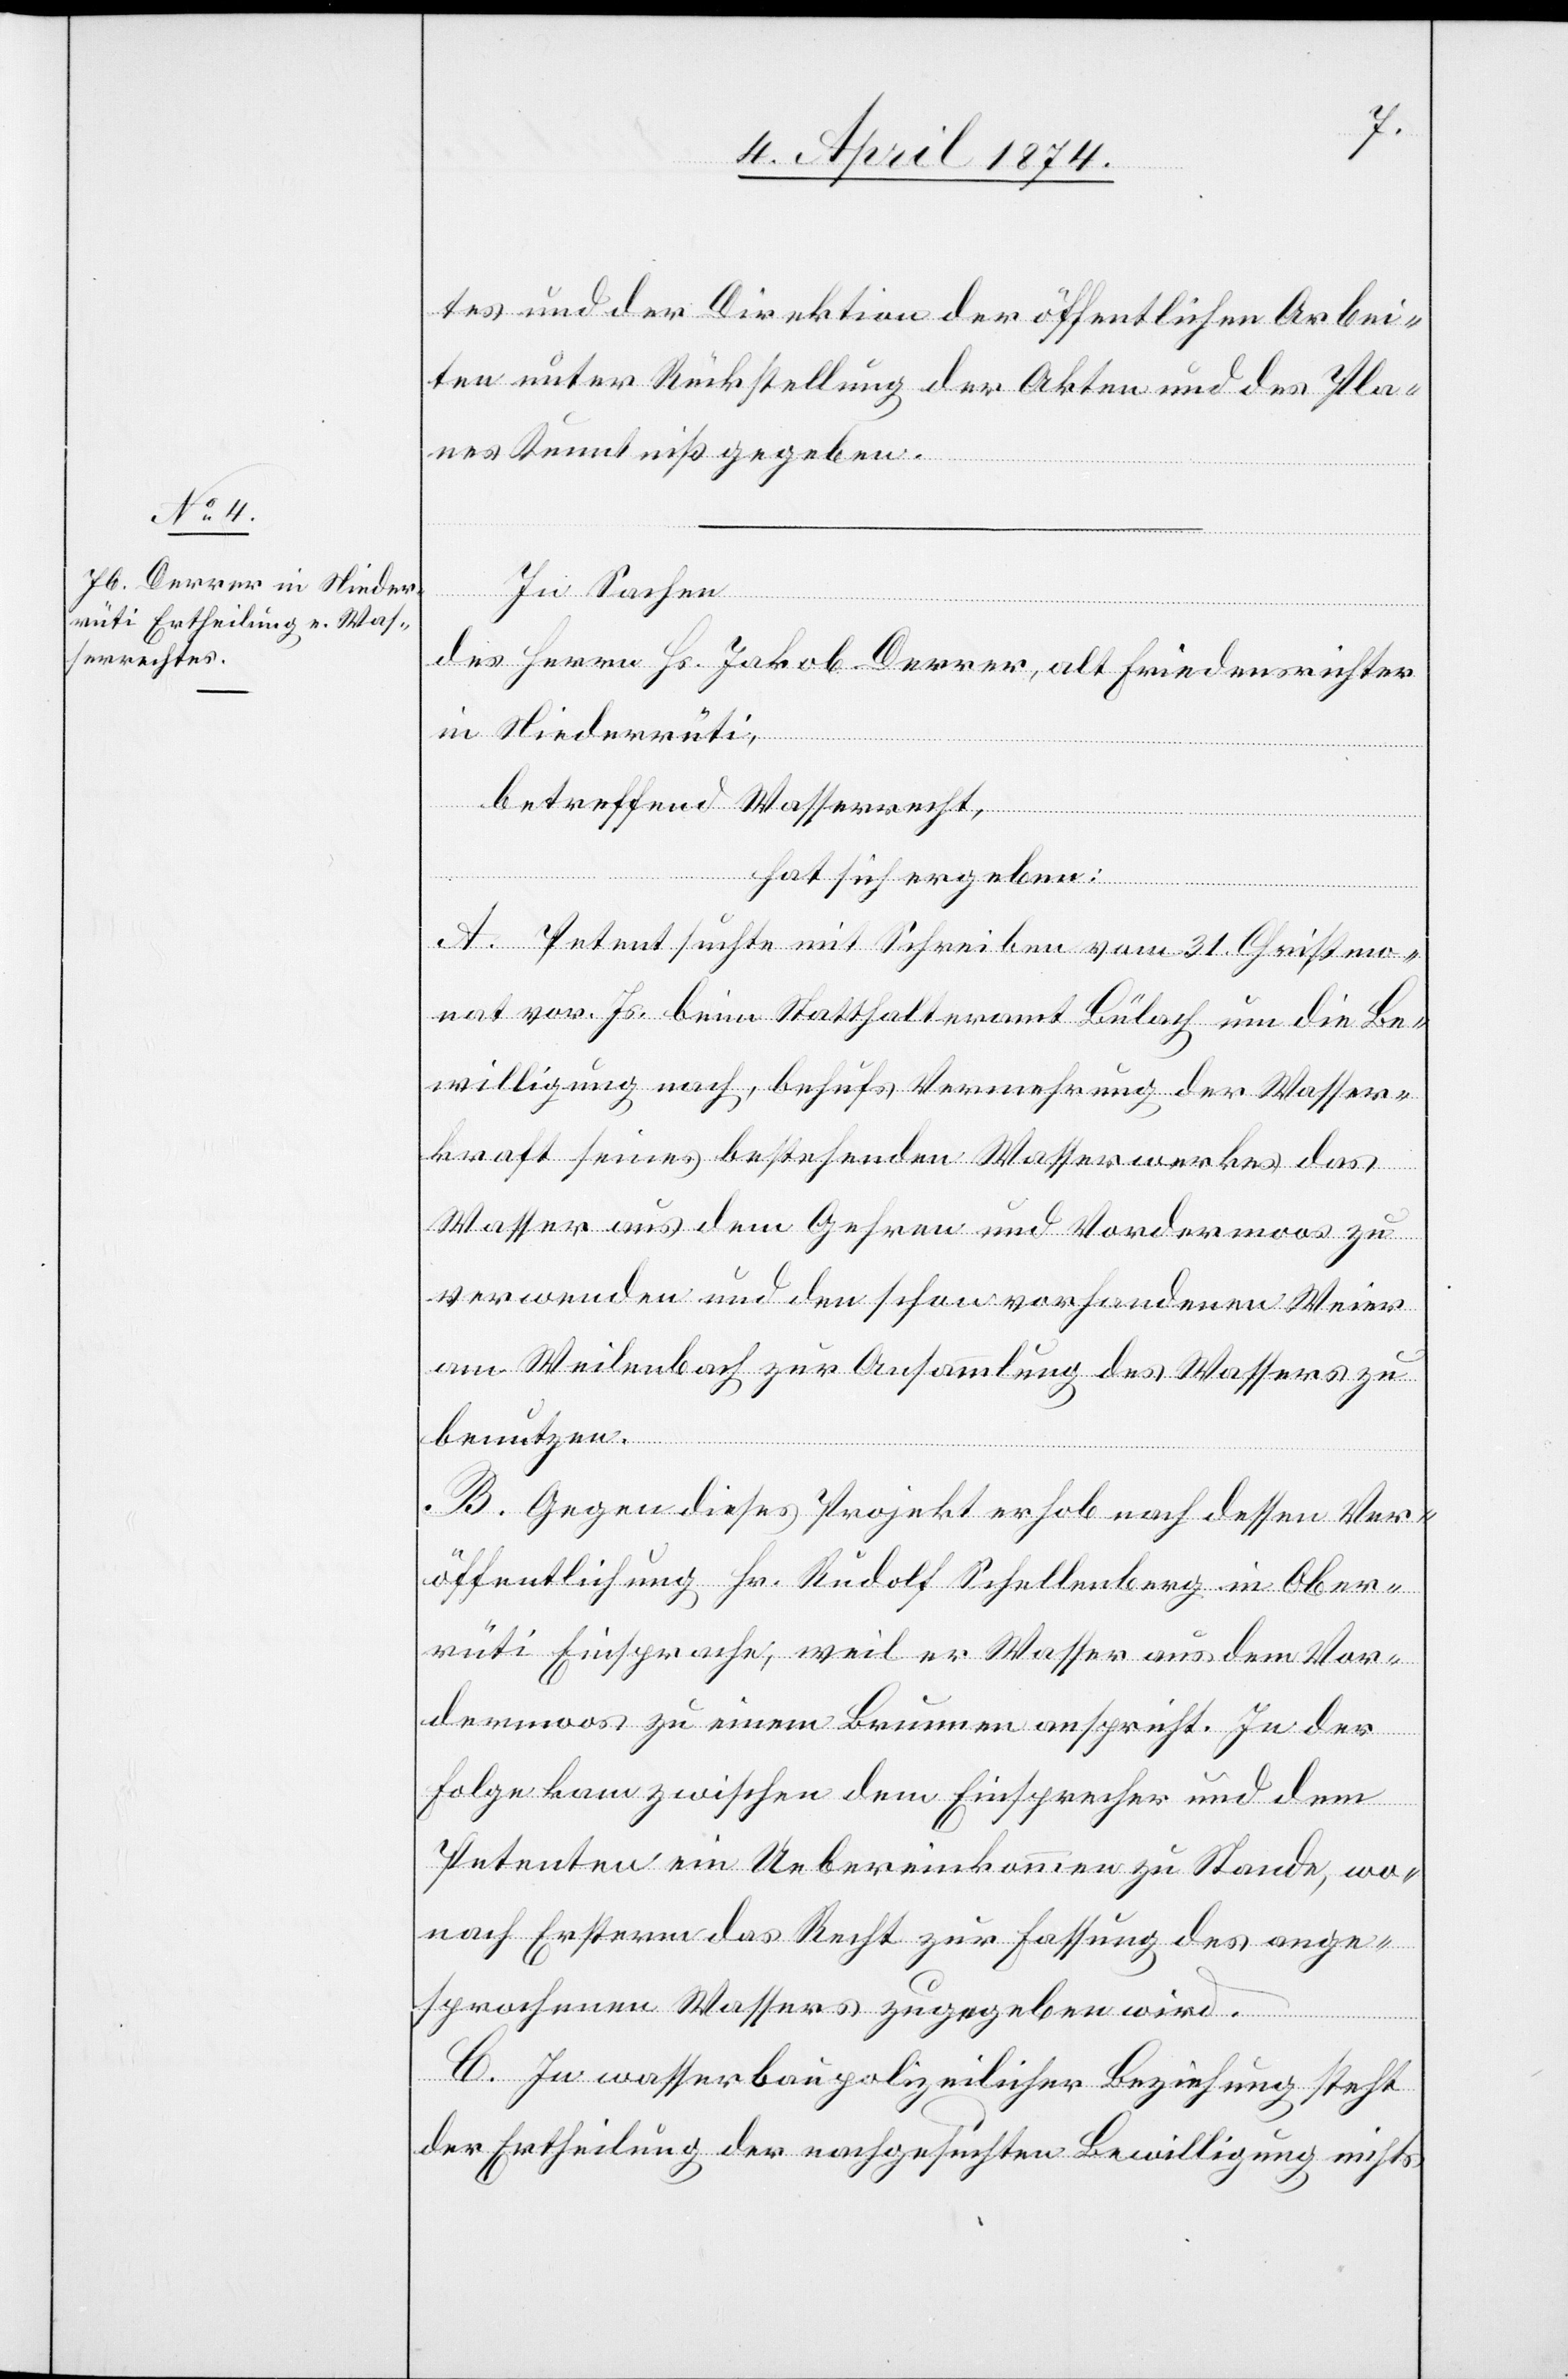
tes und der Direktion der öffentlichen Arbei¬
ten unter Rückstellung der Akten und des Pla¬
nes Kenntniß gegeben.
In Sachen
des Herrn Hs. Jakob Derrer, alt Friedensrichter
in Niederrüti,
betreffend Wasserrecht,
hat sich ergeben:
A. Petent suchte mit Schreiben vom 31. Christmo¬
nat vor. Js. beim Statthalteramt Bülach um die Be¬
willigung nach, behufs Vernehmung der Wasser¬
kraft seines bestehenden Wasserwerkes das
Wasser aus dem Gehren und Vordermoos zu
verwenden und den schon vorhandenen Weier
am Weilenbach zur Ansammlung des Wassers zu
benutzen.
B. Gegen dieses Projekt erhob nach dessen Ver¬
öffentlichung Hr. Rudolf Schellenberg in Ober¬
rüti Einsprache, weil er Wasser aus dem Vor¬
dermoos zu einem Brunnen anspricht. In der
Folge kam zwischen dem Einsprecher und dem
Petenten ein Uebereinkommen zu Stande, wo¬
nach Ersterm das Recht zur Fassung des ange¬
sprochenen Wassers zugegeben wird.
C. In wasserbaupolizeilicher Beziehung steht
der Ertheilung der nachgesuchten Bewilligung nichts